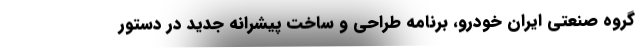
گروه صنعتی ایران خودرو، برنامه طراحی و ساخت پیشرانه جدید در دستور